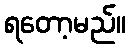
ရတော့မည်။